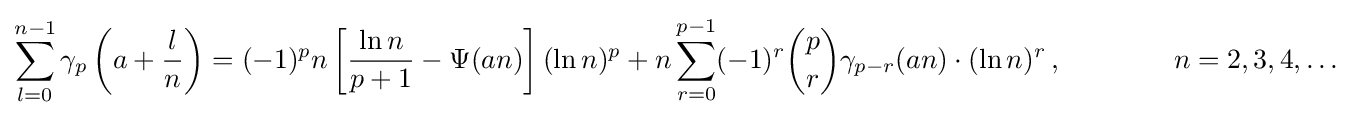
\sum _{l=0}^{n-1}\gamma _{p}\left(a+{\frac {l}{n}}\right)=(-1)^{p}n\left[{\frac {\ln n}{p+1}}-\Psi (an)\right](\ln n)^{p}+n\sum _{r=0}^{p-1}(-1)^{r}{\binom {p}{r}}\gamma _{p-r}(an)\cdot (\ln n)^{r}\,,\qquad \qquad n=2,3,4,\ldots